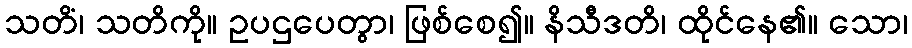
သတိံ၊ သတိကို။ ဥပဌပေတွာ၊ ဖြစ်စေ၍။ နိသီဒတိ၊ ထိုင်နေ၏။ သော၊